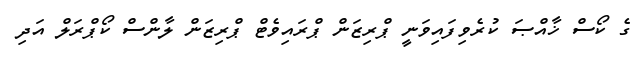
ގެ ކޯސް ޚާއްޞަ ކުރެވިފައިވަނީ ޕްރިޒަން ޕްރައިވެޓް ޕްރިޒަން ލާންސް ކޯޕްރަލް އަދި